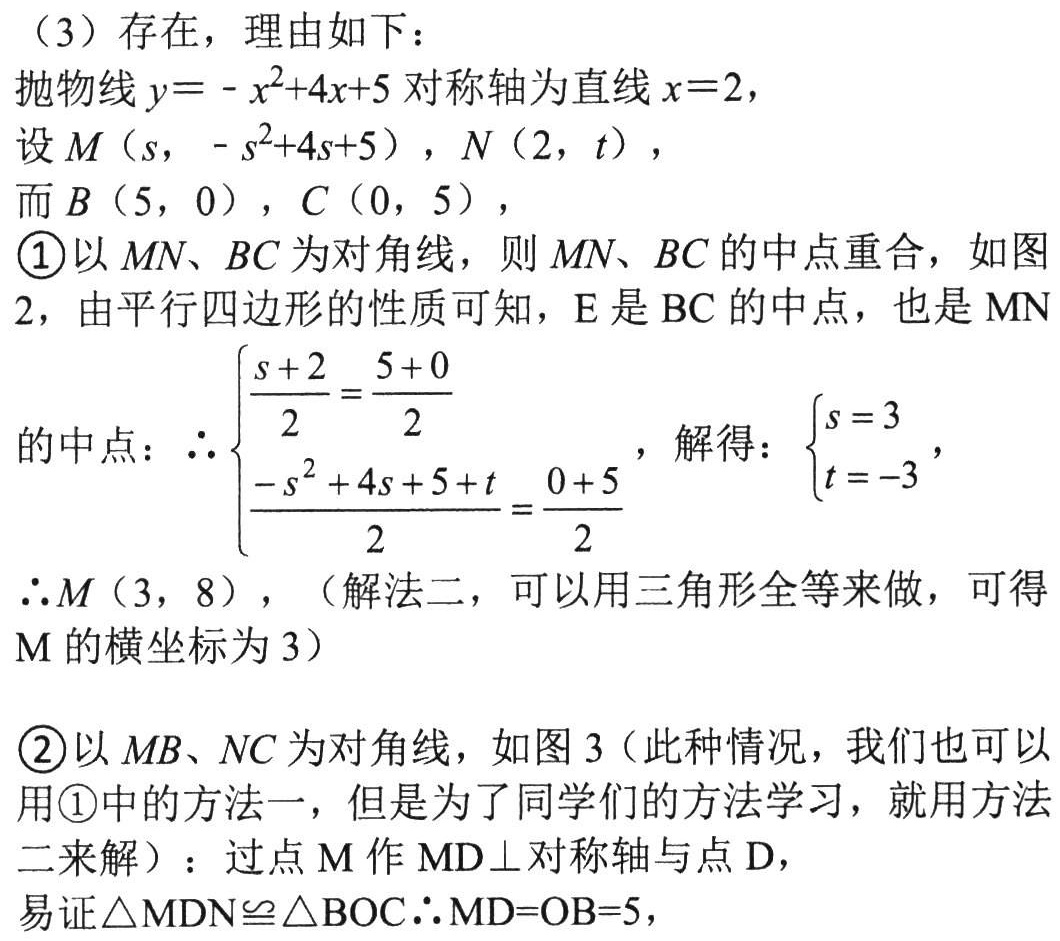
（3）存在，理由如下：
抛物线\(y = -x^{2}+4x + 5\)对称轴为直线\(x = 2\)，
设\(M（s,\ -s^{2}+4s + 5）\)，\(N（2,\ t）\)，
而\(B（5,\ 0）\)，\(C（0,\ 5）\)，
\textcircled{1}以\(MN、BC\)为对角线，则\(MN、BC\)的中点重合，如图2，由平行四边形的性质可知，E是\(BC\)的中点，也是\(MN\)
的中点：\(\therefore\begin{cases}\dfrac{s + 2}{2}=\dfrac{5 + 0}{2}\\\dfrac{-s^{2}+4s + 5 + t}{2}=\dfrac{0 + 5}{2}\end{cases}\)，解得：\(\begin{cases}s = 3\\t = - 3\end{cases}\)，
\(\therefore M（3,\ 8）\)，（解法二，可以用三角形全等来做，可得\(M\)的横坐标为\(3\)）
\textcircled{2}以\(MB、NC\)为对角线，如图3（此种情况，我们也可以
用\textcircled{1}中的方法一，但是为了同学们的方法学习，就用方法
二来解）：过点\(M\)作\(MD\perp\)对称轴与点\(D\)，
易证\(\triangle MDN\cong\triangle BOC\therefore MD = OB = 5\)，